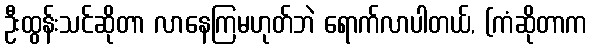
ဦးထွန်းသင်ဆိုတာ လာနေကြမဟုတ်ဘဲ ရောက်လာပါတယ်, (ကံဆိုတာက